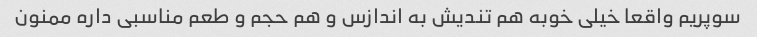
سوپریم واقعا خیلی خوبه هم تندیش به اندازس و هم حجم و طعم مناسبی داره ممنون